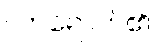
လာရောက်၏။